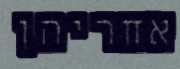
אחריהן